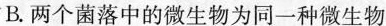
B.两个菌落中的微生物为同一种微生物